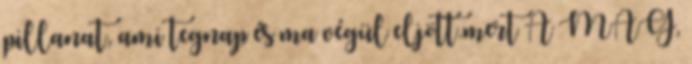
pillanat, ami tegnap és ma végül eljött.mert A MAG,